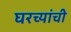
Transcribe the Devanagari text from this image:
घरच्‍यांची